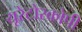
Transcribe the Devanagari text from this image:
यूरेटोस्कोपी